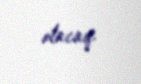
olacaq.